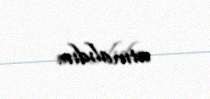
atmalıdır.